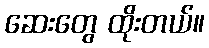
ဆေးတွေ ထိုးတယ်။